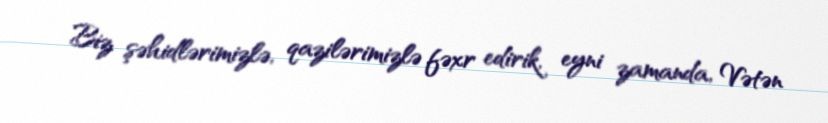
Biz şəhidlərimizlə, qazilərimizlə fəxr edirik, eyni zamanda, Vətən